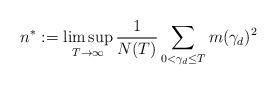
LaTeX: \begin{align*}n^* := \limsup_{T\to \infty} \frac{1}{N(T)}\sum_{0<\gamma_d \le T } m(\gamma_d)^2\end{align*}